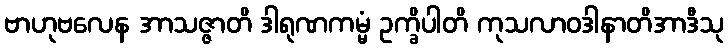
ဗာဟုဗလေန အာသဇ္ဇာတိ ဒါရုဏကမ္မံ ဥက္ခိပါတိ ကုသလာဝဒါနာတိအာဒီသု